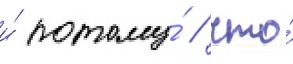
и́ потому́ / что́